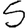
Digit: 5